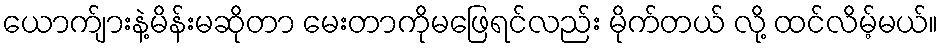
ယောက်ျားနဲ့မိန်းမဆိုတာ မေးတာကိုမဖြေရင်လည်း မိုက်တယ် လို့ ထင်လိမ့်မယ်။